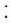
: